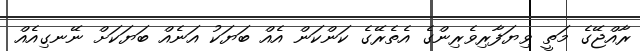
ރާއްޖޭގެ މަތީ ވިޔަފާރިވެރިންގެ އެތެރޭގެ ކަންކަން އެއް ބަޔަކު އަނެއް ބަޔަކަށް ނޭނގިއެއް